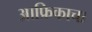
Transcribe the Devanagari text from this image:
आफ्रिकाचा